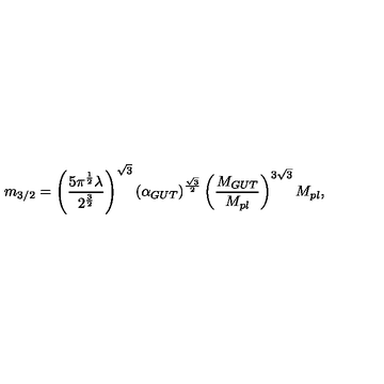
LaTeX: m _ { 3 / 2 } = \left( \frac { 5 \pi ^ { \frac { 1 } { 2 } } \lambda } { 2 ^ { \frac { 3 } { 2 } } } \right) ^ { \sqrt 3 } \left( \alpha _ { G U T } \right) ^ { \frac { \sqrt 3 } { 2 } } \left( \frac { M _ { G U T } } { M _ { p l } } \right) ^ { 3 \sqrt 3 } M _ { p l } ,